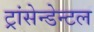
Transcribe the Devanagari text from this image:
ट्रांसेन्डेन्टल